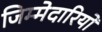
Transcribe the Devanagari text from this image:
जिम्‍मेदारियों